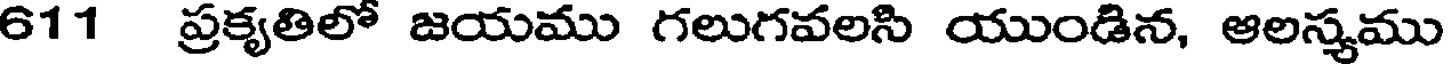
611 ప్రకృతిలో జయము గలుగవలసి యుండిన, ఆలస్యము